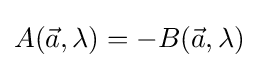
A({\vec {a}},\lambda )=-B({\vec {a}},\lambda )